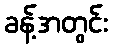
ခန့်အတွင်း